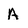
Character: A